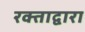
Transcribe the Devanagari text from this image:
रक्ताद्वारा